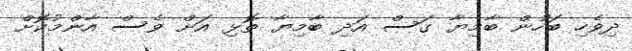
ދިވެހި ބަހުން ބާމިޔާ ގަސް އަދި ބާމިޔާ ތޮޅި އަށް ވެސް އާންމުކޮށް